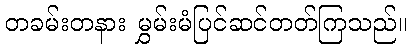
တခမ်းတနား မွှမ်းမံပြင်ဆင်တတ်ကြသည်။